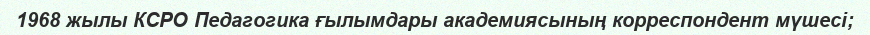
1968 жылы КСРО Педагогика ғылымдары академиясының корреспондент мүшесі;